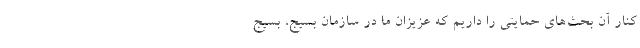
کنار آن بحث‌های حمایتی را داریم که عزیزان ما در سازمان بسیج، بسیج